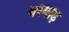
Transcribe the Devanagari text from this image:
थरवाड़